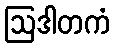
ဩဒါတကံ